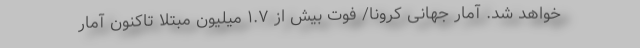
خواهد شد. آمار جهانی کرونا/ فوت بیش از ۱.۷ میلیون مبتلا تاکنون آمار